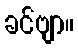
ခင်ဗျာ။